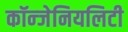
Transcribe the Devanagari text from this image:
कॉन्जेनियलिटी